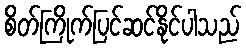
စိတ်ကြိုက်ပြင်ဆင်နိုင်ပါသည်